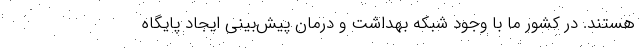
هستند. در کشور ما با وجود شبکه بهداشت و درمان پیش‌بینی ایجاد پایگاه